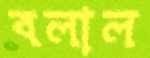
বলাল